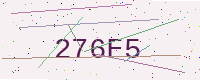
Text: 276F5